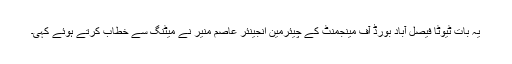
یہ بات ٹیوٹا فیصل آباد بورڈ آف مینجمنٹ کے چیئرمین انجینئر عاصم منیر نے میٹنگ سے خطاب کرتے ہوئے کہی۔